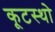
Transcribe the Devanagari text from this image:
कूटस्थो